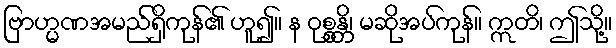
ဗြာဟ္မဏအမည်ရှိကုန်၏ ဟူ၍။ န ဝုစ္စန္တိ၊ မဆိုအပ်ကုန်။ ဣတိ၊ ဤသို့။